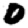
Digit: 0